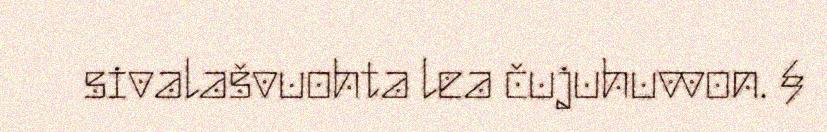
sivalašvuohta lea čujuhuvvon. §